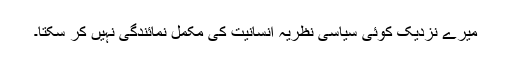
میرے نزدیک کوئی سیاسی نظریہ انسانیت کی مکمل نمائندگی نہیں کر سکتا۔